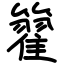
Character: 籊